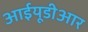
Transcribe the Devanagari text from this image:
आईयूडीआर